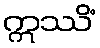
ဣဿိံ